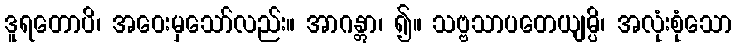
ဒူရတောပိ၊ အဝေးမှသော်လည်း။ အာဂန္တွာ၊ ၍။ သဗ္ဗသာပတေယျမ္ပိ၊ အလုံးစုံသော